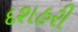
દશહરી